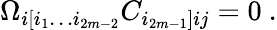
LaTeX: \Omega_{i[i_{1}\dots i_{2m-2}}C_{i_{2m-1}]ij}=0\ .